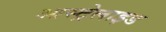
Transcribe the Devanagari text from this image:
आस्ट्रेलाइड